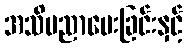
အသိပညာပေးခြင်းနှင့်